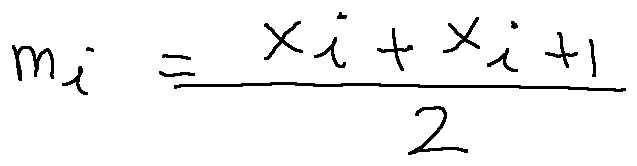
m _ { i } = \frac { x _ { i } + x _ { i + 1 } } { 2 }